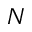
N